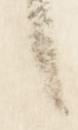
言